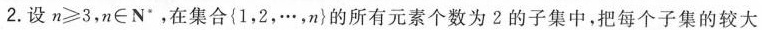
2.设$$n ≥ 3$$，$$n \in N^{*}，在集合{1，2，…，n}的所有元素个数为2的子集中，把每个子集的较大